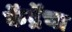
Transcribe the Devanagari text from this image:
केंद्रेंचा